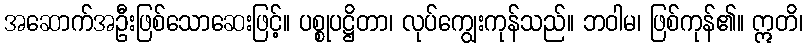
အဆောက်အဦးဖြစ်သောဆေးဖြင့်။ ပစ္စုပဋ္ဌိတာ၊ လုပ်ကျွေးကုန်သည်။ ဘဝါမ၊ ဖြစ်ကုန်၏။ ဣတိ၊